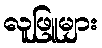
လူဖြူများ